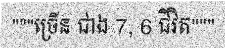
"""ច្រើន ជាង 7, 6 ជីវិត"""